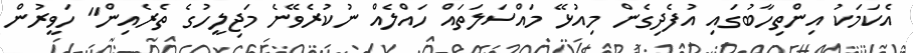
އެކަމަކު އިންތިހާބުގައި އުފެދިގެން މިއުޅޭ މައްސަލަތައް ހައްލެއް ނުކުރެވޭނެ މަޖިލީހުގެ ތެރެއިން" ހަވީރުން